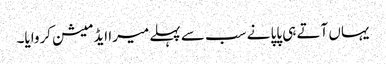
یہاں آتے ہی پاپا نے سب سے پہلے میرا ایڈمیشن کروایا۔